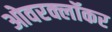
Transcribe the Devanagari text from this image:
ओवरक्लॉकर